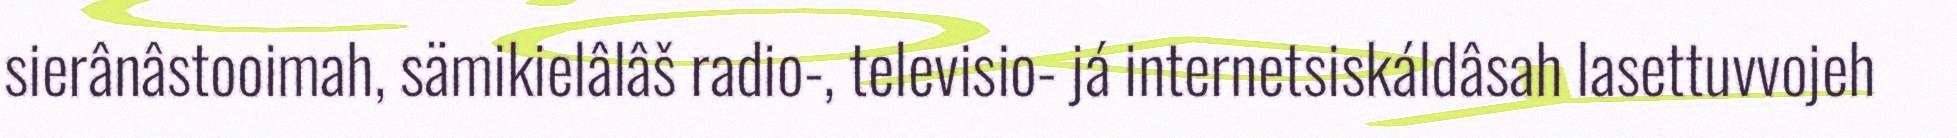
sierânâstooimah, sämikielâlâš radio-, televisio- já internetsiskáldâsah lasettuvvojeh